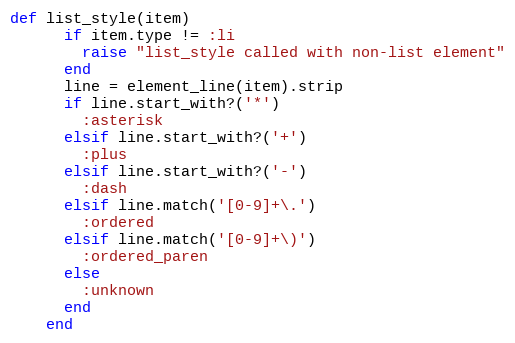
Language: Ruby
def list_style(item)
      if item.type != :li
        raise "list_style called with non-list element"
      end
      line = element_line(item).strip
      if line.start_with?('*')
        :asterisk
      elsif line.start_with?('+')
        :plus
      elsif line.start_with?('-')
        :dash
      elsif line.match('[0-9]+\.')
        :ordered
      elsif line.match('[0-9]+\)')
        :ordered_paren
      else
        :unknown
      end
    end